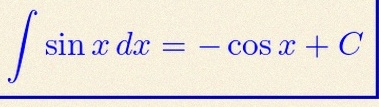
\int \sin x\,dx=-\cos x+C